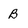
Character: B